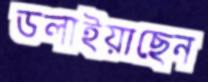
ডলাইয়াছেন